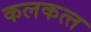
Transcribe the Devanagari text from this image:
कलकत्‍त